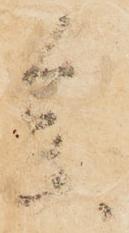
参